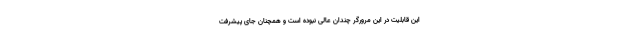
این قابلیت در این مرورگر چندان عالی نبوده است و همچنان جای پیشرفت